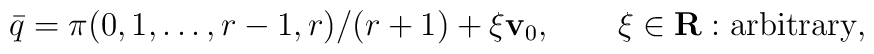
\bar{q}=\pi(0,1,\ldots,r-1,r)/(r+1)+\xi {\bf v}_0,\qquad \xi\in{\bf R}:\mbox{arbitrary},